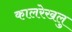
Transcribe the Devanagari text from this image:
कालरेखलु